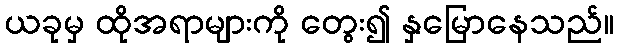
ယခုမှ ထိုအရာများကို တွေး၍ နှမြောနေသည်။